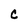
Character: C